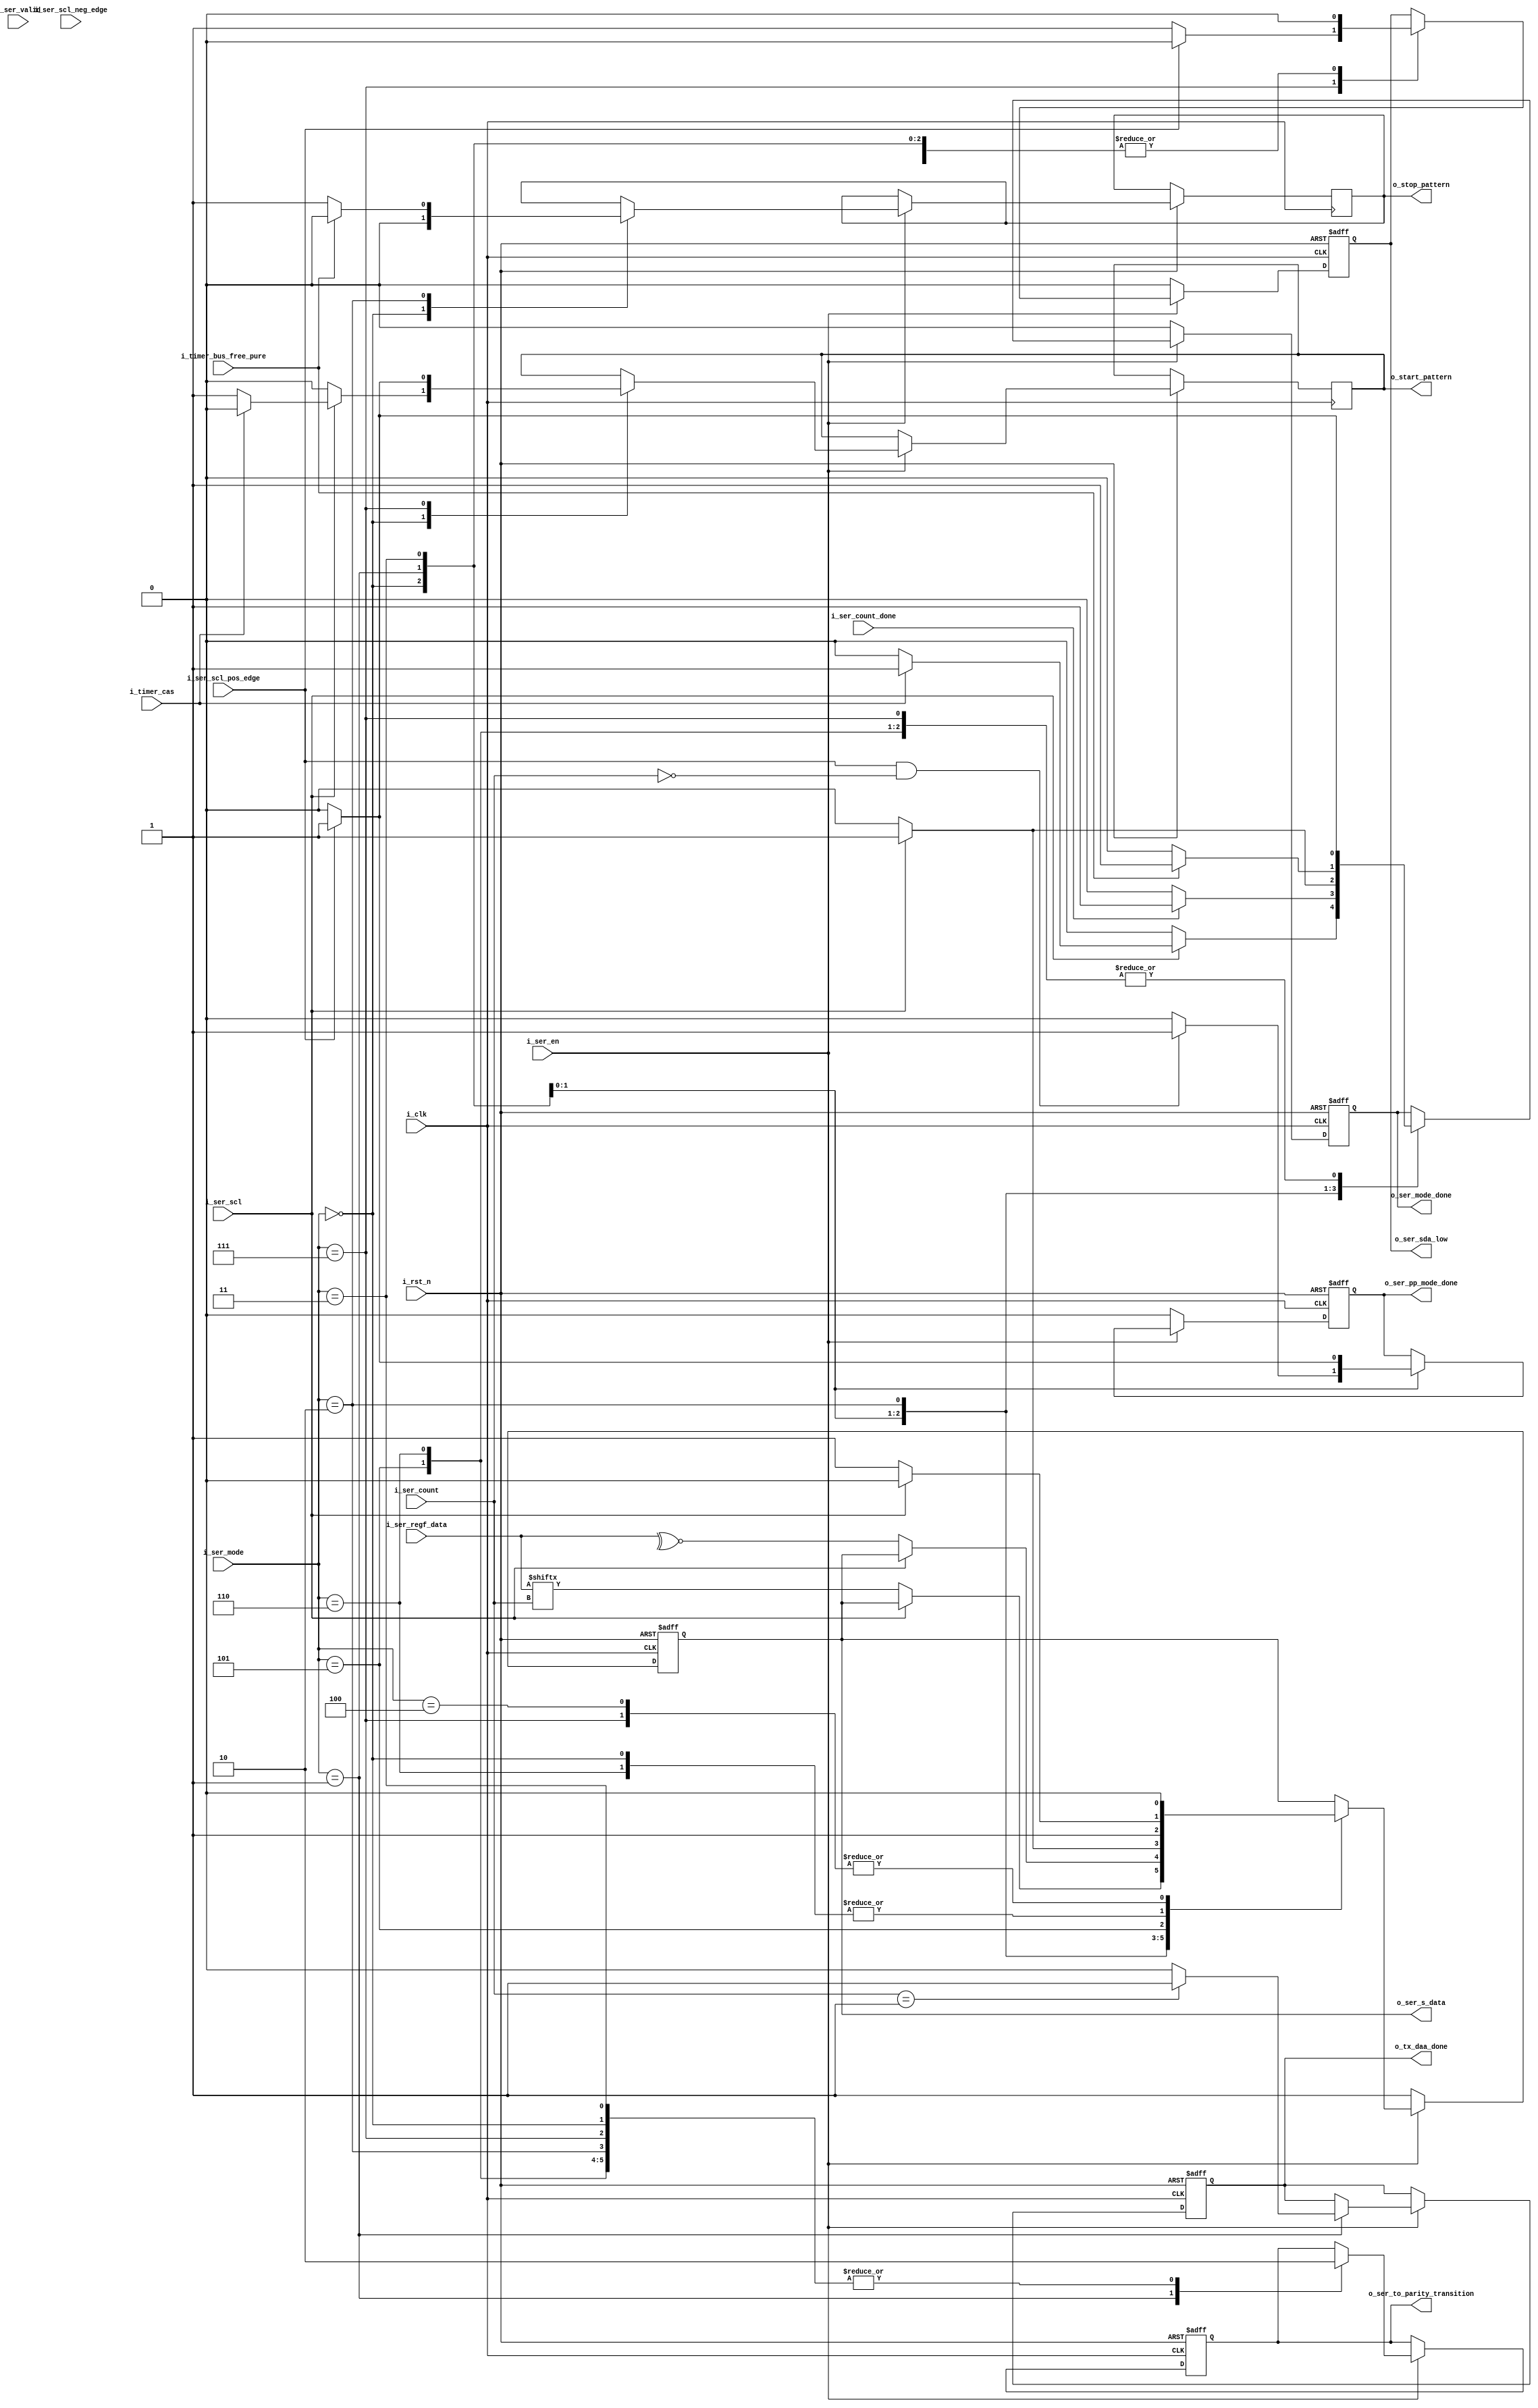
//////////////////////////////////////////////////////////////////////////////////
//==================================================================================
// MIXEL GP 2023 LIBRARY
// Copyright (c) 2023 Mixel, Inc.  All Rights Reserved.
// CONFIDENTIAL AND PROPRIETARY SOFTWARE/DATA OF MIXEL and ASU 2023 GP, INC.
//

// Revision: Nour Eldeen Samir , Yaseen Salah
//
// Version : 2.0
//

// Design Name:  Controller Tx
// Module Name:  controller_tx
//
//==================================================================================
//
//  STATEMENT OF USE
//
//  This information contains confidential and proprietary information of MIXEL.
//  No part of this information may be reproduced, transmitted, transcribed,
//  stored in a retrieval system, or translated into any human or computer
//  language, in any form or by any means, electronic, mechanical, magnetic,
//  optical, chemical, manual, or otherwise, without the prior written permission
//  of MIXEL.  This information was prepared for Garduation Project purpose and is for
//  use by MIXEL Engineers only.  MIXEL and ASU 2023 GP reserves the right
//  to make changes in the information at any time and without notice.
//
//==================================================================================
//////////////////////////////////////////////////////////////////////////////////

`default_nettype none
module controller_tx (
    input   wire           i_clk               ,
    input   wire           i_rst_n             ,
    input   wire           i_ser_scl           ,
    input   wire           i_ser_scl_neg_edge  ,
    input   wire           i_ser_scl_pos_edge  ,
    input   wire           i_ser_en            , // to enable the serializer as long as we're in TX
    input   wire           i_ser_valid         , // to load a new frame "must be a pulse" //UNUSED
    input   wire  [2:0]    i_ser_count         ,
    input   wire           i_ser_count_done    ,
    input   wire  [2:0]    i_ser_mode          ,
    input   wire  [7:0]    i_ser_regf_data     ,
    input   wire           i_timer_cas         , // input from timer block for start condition

    input   wire           i_timer_bus_free_pure, //202444444444
    output  reg            o_ser_sda_low       ,//added by mostafa 
    output  reg            o_stop_pattern      , // output to i3c_timer block
    output  reg            o_start_pattern     , // output to i3c_timer block
    output  reg            o_ser_s_data        ,
    output  reg            o_ser_mode_done     ,
    output  reg            o_ser_pp_mode_done  , //early mode_done for push_pull short periods
    output  reg            o_tx_daa_done       ,
    output  reg            o_ser_to_parity_transition

    );


  //-- i_ser_mode parameters --------------------------------------------------


    localparam START_BIT      = 3'b000 ;
    localparam SERIALIZING    = 3'b001 ;
    localparam PARITY         = 3'b011 ;
    localparam STOP           = 3'b010 ;
    localparam CTRL_ACK       = 3'b111 ;  //  To be changed from 3'b100 to 3'b111 in HJ and I2C
    localparam Hold_Zero      = 3'b100 ;
    localparam CTRL_NACK      = 3'b101 ;
    localparam REPEATED_START = 3'b110 ;
    //localparam EXIT_PATTERN   = 3'b ;



  //-- internal wires declaration ---------------------------------------------
reg last_bit_flag ;
reg parity_counter;

  //-- transmitter ------------------------------------------------

    always @(posedge i_clk or negedge i_rst_n)
      begin : proc_serializer


        if(~i_rst_n)
          begin
            o_ser_mode_done    <= 1'b0 ;
            o_ser_pp_mode_done <= 1'b0 ;
            o_ser_s_data  <=  1'b1 ;
            o_ser_to_parity_transition <= 1'b0 ;
            o_ser_sda_low <= 1'b0 ;
            last_bit_flag <= 1'b0 ;

            o_tx_daa_done <= 1'b0;
           // temp            <=  ser_p_mux_out;
          end

        else if (i_ser_en)
          begin
            case (i_ser_mode)
              START_BIT   : begin
                              o_start_pattern <= 1'b0 ; 
                              o_stop_pattern  <= 1'b0 ;
                              o_ser_mode_done <= 1'b0 ;
                              o_ser_to_parity_transition <= 1'b0;
                              o_ser_s_data    <= 1'b1 ; // need to check if it will make problems to anyone
                              o_ser_sda_low <= 1'b0 ;
                              if (i_ser_scl)
                                begin
                                  o_ser_s_data    <= 1'b0 ;
                                  o_start_pattern <= 1'b1 ;

                                  if (i_timer_cas)
                                    begin
                                      o_start_pattern <= 1'b0 ;
                                      o_ser_mode_done <= 1'b1 ;
                                    end
                                  else
                                    begin
                                      o_start_pattern <= 1'b1 ;
                                      o_ser_mode_done <= 1'b0 ;
                                    end

                                end
                            end
              SERIALIZING : begin
                            o_ser_mode_done <= 1'b0;
                            o_ser_to_parity_transition <= 1'b1;
                            o_ser_sda_low <= 1'b0 ;
                              if(i_ser_count_done)
                                begin
                                    o_ser_mode_done <= 1'b1;
                                end
                              else
                                begin
                                    o_ser_mode_done <= 1'b0;
                                end

                                //for push-pull
                                if (i_ser_scl_pos_edge && !i_ser_count)
                                  begin
                                    o_ser_pp_mode_done <= 1'b1 ;
                                  end
                                else
                                  begin
                                    o_ser_pp_mode_done <= 1'b0 ;
                                  end

                              if (!i_ser_scl) 
                                begin
                                  o_ser_s_data    <= i_ser_regf_data[i_ser_count] ;
                                end

                               if(i_ser_count == 3'b1)
                                    begin
                                        o_tx_daa_done <= 1'b1;
                                    end
                                  else
                                    begin
                                        o_tx_daa_done <= 1'b0;
                                    end
                          end

              PARITY      : begin
                              o_ser_mode_done    <= 1'b0 ;
                              o_ser_pp_mode_done <= 1'b0 ;
                              o_ser_to_parity_transition <= 1'b0;
                              o_ser_sda_low <= 1'b0 ;
                             /*if (i_ser_count_done)
                                o_ser_mode_done <= 1'b1;
                              else
                                o_ser_mode_done <= 1'b0; */
                                 //unused-wrong implementation
                              if (!i_ser_scl)
                                begin
                                  o_ser_s_data    <= ~^i_ser_regf_data ;
                                  //o_ser_mode_done    <= 1'b1 ;
                                end
                                else
                                  o_ser_mode_done    <= 1'b1 ;

                            //  if(i_ser_scl) begin
                            //    o_ser_mode_done    <= 1'b1 ;
                             // end


                              //for push-pull
                              if (i_ser_scl_pos_edge)
                                begin
                                  o_ser_pp_mode_done <= 1'b1 ;
                                end
                            end

              STOP        : begin
                              o_ser_s_data    <= 1'b0 ;
                              o_ser_mode_done <= 1'b0;
                              o_ser_to_parity_transition <= 1'b0;
                              o_ser_sda_low <= 1'b0 ;

                              o_stop_pattern  <= 1'b1 ;

                              if (i_ser_scl)
                                begin
                                  //o_stop_pattern  <= 1'b1 ;
                                  o_ser_s_data    <= 1'b1 ;
                                  //o_ser_mode_done <= 1'b1 ;
                                end 


                              if(i_timer_bus_free_pure)
                              begin
                                  o_ser_mode_done <= 1'b1 ;
                                  o_stop_pattern  <= 1'b0 ;
                              end
                            end
              CTRL_ACK    : begin
                              o_start_pattern <= 1'b0 ;
                              o_ser_s_data <= 1'b0 ;
                              o_ser_sda_low <= 1'b1 ; //added by mostafa
                              o_ser_mode_done <= 1'b0;
                              o_ser_to_parity_transition <= 1'b0;
                            if (i_ser_scl_pos_edge)
                                begin
                                  //o_ser_s_data    <= 1'b1 ;
                                  o_ser_mode_done <= 1'b1 ;
                                  o_ser_sda_low <= 1'b0 ; //added by mostafa
                                  o_start_pattern <= 1'b1 ;
                                end
                            
                            
                            
                                

                                
                                
                                
                                
                              /*if (i_ser_scl)
                                begin
                                  o_start_pattern <= 1'b1 ;
                                end */
                                
                                
                                
                            end


                CTRL_NACK  : begin
                              o_ser_sda_low <= 1'b0 ;
                              o_ser_s_data <= 1'b1 ;
                              o_ser_mode_done <= 1'b0;
                              o_ser_to_parity_transition <= 1'b0;

                            if (i_ser_scl_pos_edge)
                                begin
                                  o_ser_mode_done <= 1'b1 ;
                                end
                           end

              REPEATED_START : begin
                              o_ser_sda_low <= 1'b0 ;
                              o_ser_mode_done <= 1'b0 ;
                              o_ser_to_parity_transition <= 1'b0;
                              if (!i_ser_scl)
                                begin
                                  o_ser_s_data    <= 1'b1 ;
                                end
                              else
                                begin
                                  o_ser_s_data    <= 1'b0 ;
                                end

                              if (i_ser_scl_pos_edge)
                                begin
                                  o_ser_mode_done <= 1'b1 ;
                                end
                            end

              Hold_Zero    : begin
                              o_ser_s_data    <= 1'b0 ;
                             end
                             
                             
             /* EXIT_PATTERN : begin
                             end */
              
            endcase
          end
        else
            begin
                o_ser_sda_low <= 1'b0 ;
                o_ser_s_data       <= 1'b1 ;
                o_ser_mode_done    <= 1'b0 ;
                o_ser_pp_mode_done <= 1'b0 ;
                last_bit_flag      <= 1'b0 ;
            end
      end

endmodule
`default_nettype wire